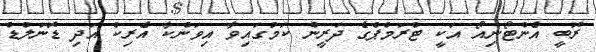
ރޮބީ އެންޓޯނިއޯ އަކީ ޓްރަމްޕްގެ ދަރީން ކަމުގައިވާ އިވަންކާ އެރިކް އަދި ޑޮނަލްޑް